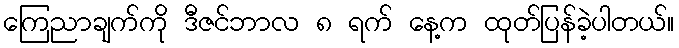
ကြေညာချက်ကို ဒီဇင်ဘာလ ၈ ရက် နေ့က ထုတ်ပြန်ခဲ့ပါတယ်။